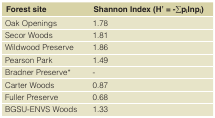
<table><thead><tr><td><b>Forest site</b></td><td><b>Shannon Index (H’ = -∑pilnpi)</b></td></tr></thead><tbody><tr><td>Oak Openings</td><td>1.78</td></tr><tr><td>Secor Woods</td><td>1.81</td></tr><tr><td>Wildwood Preserve</td><td>1.86</td></tr><tr><td>Pearson Park</td><td>1.49</td></tr><tr><td>Bradner Preserve*</td><td>-</td></tr><tr><td>Carter Woods</td><td>0.87</td></tr><tr><td>Fuller Preserve</td><td>0.68</td></tr><tr><td>BGSU-ENVS Woods</td><td>1.33</td></tr></tbody></table>